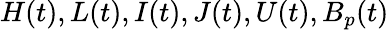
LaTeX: H(t),L(t),I(t),J(t),U(t),B_{p}(t)